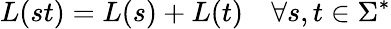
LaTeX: L(st)=L(s)+L(t)\quad\forall s,t\in\Sigma^{*}